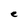
Character: e